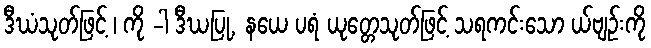
ဒီဃံသုတ်ဖြင့် ၊ ကို -ါ ဒီဃပြု, နယေ ပရံ ယုတ္တေသုတ်ဖြင့် သရကင်းသော ယ်ဗျဉ်းကို